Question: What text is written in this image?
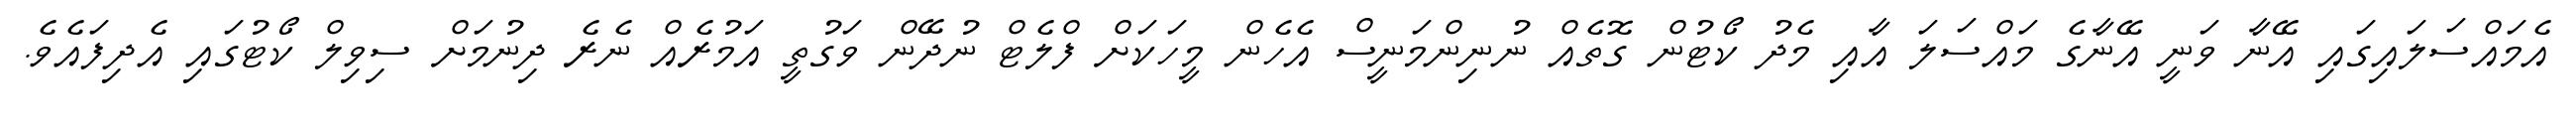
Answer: އެމައްސަލައިގައި އޭނާ ވަނީ އޭނާގެ މައްސަލަ އާއި މެދު ކޯޓުން ގޮތެއް ނުނިންމަނީސް އެހެން މީހަކަށް ފްލެޓް ނުދޭން ވަގުތީ އަމުރެއް ނެރެ ދިނުމަށް ސިވިލް ކޯޓުގައި އެދިފައެވެ.